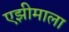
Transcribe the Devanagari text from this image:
एझीमाला